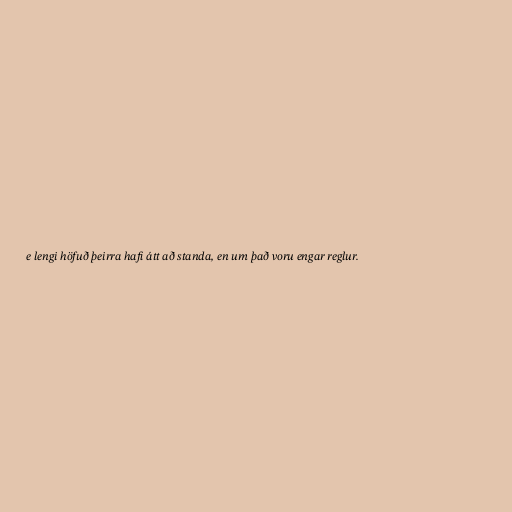
e lengi höfuð þeirra hafi átt að standa, en um það voru engar reglur.